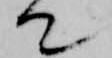
て